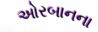
ઓરબાનના